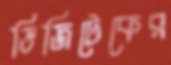
ডিজিটেকের